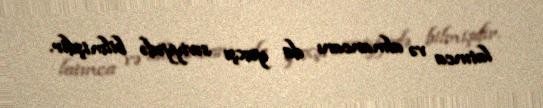
latınca və almancanı da yaxşı səviyyədə bilmişdir.